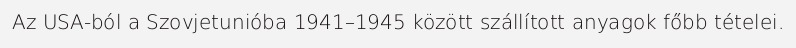
Az USA-ból a Szovjetunióba 1941–1945 között szállított anyagok főbb tételei.